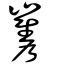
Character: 雟